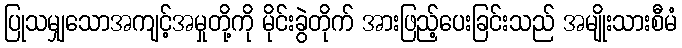
ပြုသမျှသောအကျင့်အမှုတို့ကို မိုင်းခွဲတိုက် အားဖြည့်ပေးခြင်းသည် အမျိုးသားစီမံ